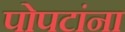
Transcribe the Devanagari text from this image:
पोपटांना